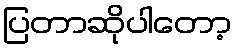
ပြတာဆိုပါတော့